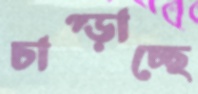
চাপ্‌ড়াচ্ছে